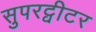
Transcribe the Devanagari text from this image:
सुपरट्वीटर